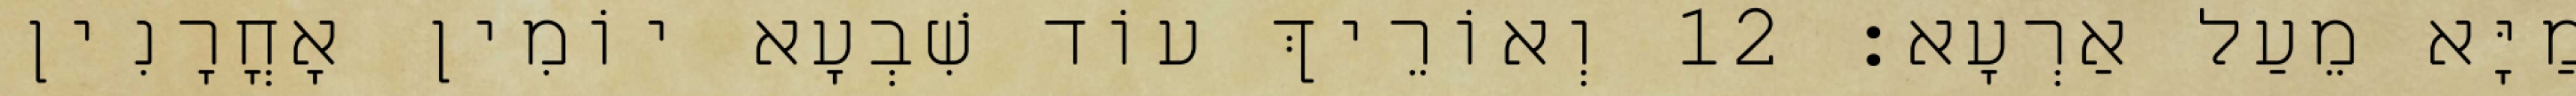
מַיָּא מֵעַל אַרְעָא׃ 12 וְאוֹרֵיךְ עוֹד שִׁבְעָא יוֹמִין אָחֳרָנִין